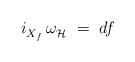
\begin{align*} i_{X_f}^{} \, \omega_{\mathcal{H}}^{}~=~df\end{align*}